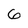
Character: 6